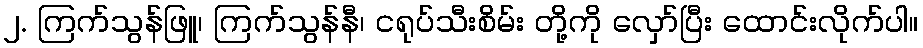
၂. ကြက်သွန်ဖြူ၊ ကြက်သွန်နီ၊ ငရုပ်သီးစိမ်း တို့ကို လှော်ပြီး ထောင်းလိုက်ပါ။